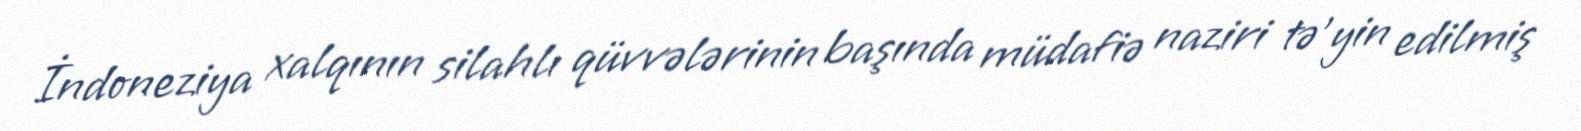
İndoneziya xalqının silahlı qüvvələrinin başında müdafiə naziri tə'yin edilmiş